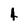
Character: 4